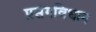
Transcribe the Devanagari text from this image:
प्रसंगविधान